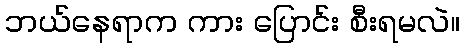
ဘယ်နေရာက ကား ပြောင်း စီးရမလဲ။